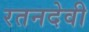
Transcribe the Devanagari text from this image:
रतनदेवी